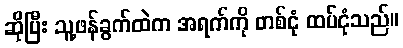
ဆိုပြီး သူ့ဖန်ခွက်ထဲက အရက်ကို တစ်ငုံ ထပ်ငုံသည်။